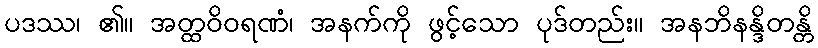
ပဒဿ၊ ၏။ အတ္ထဝိဝရဏံ၊ အနက်ကို ဖွင့်သော ပုဒ်တည်း။ အနဘိနန္ဒိတန္တိ